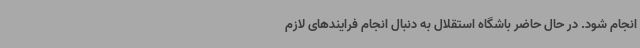
انجام شود. در حال حاضر باشگاه استقلال به دنبال انجام فرایندهای لازم